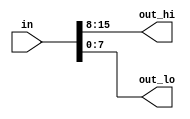
// Exercise 2-2-2: Vectors in More Details
`default_nettype none     // Disable implicit nets. Reduces some types of bugs.
module VecDetail (
    input wire [15:0] in,
    output wire [7:0] out_hi,
    output wire [7:0] out_lo
);
    // concatenate
    assign {out_hi, out_lo} = in;

    // beginner
    /*
    assign out_hi = in[15:8];
    assign out_lo = in[7:0];
    */
endmodule